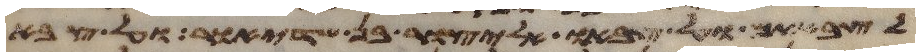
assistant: לצבאתם ועל צבאו אליצור בן שדיאור ועל צבא